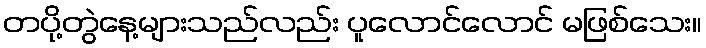
တပို့တွဲနေ့များသည်လည်း ပူလောင်လောင် မဖြစ်သေး။